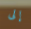
إلى